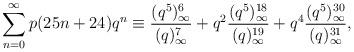
LaTeX: \begin{align*}\sum_{n=0}^\infty p(25n+24)q^n \equiv \frac{(q^5)_\infty^6}{(q)_\infty^7}+q^2 \frac{(q^5)_\infty^{18}}{(q)_\infty^{19}}+q^4\frac{(q^5)_\infty^{30}}{(q)_\infty^{31}},\end{align*}